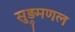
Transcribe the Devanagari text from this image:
सुड़ुमणल